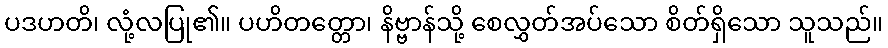
ပဒဟတိ၊ လုံ့လပြု၏။ ပဟိတတ္တော၊ နိဗ္ဗာန်သို့ စေလွှတ်အပ်သော စိတ်ရှိသော သူသည်။